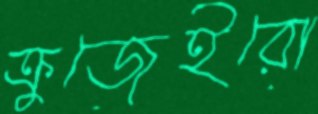
ক্রুজেইরো